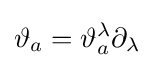
\vartheta _{a}=\vartheta _{a}^{\lambda }\partial _{\lambda }